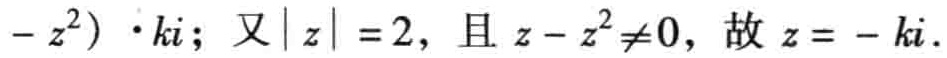
$-z^{2})\cdot ki$；又$|z| = 2$，且$z - z^{2}\neq0$，故$z = -ki$.